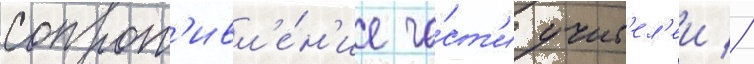
сопрот'ивл'е́н'ие ча́ст'и учит'ел'еи //